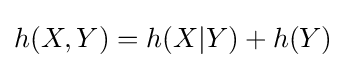
h(X,Y)=h(X|Y)+h(Y)